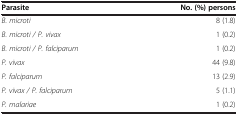
| Parasite | No. (%) persons |
 | --- | --- |
 | B. microti | 8 (1.8) |
 | B. microti / P. vivax | 1 (0.2) |
 | B. microti / P. falciparum | 1 (0.2) |
 | P. vivax | 44 (9.8) |
 | P. falciparum | 13 (2.9) |
 | P. vivax / P. falciparum | 5 (1.1) |
 | P. malariae | 1 (0.2) |